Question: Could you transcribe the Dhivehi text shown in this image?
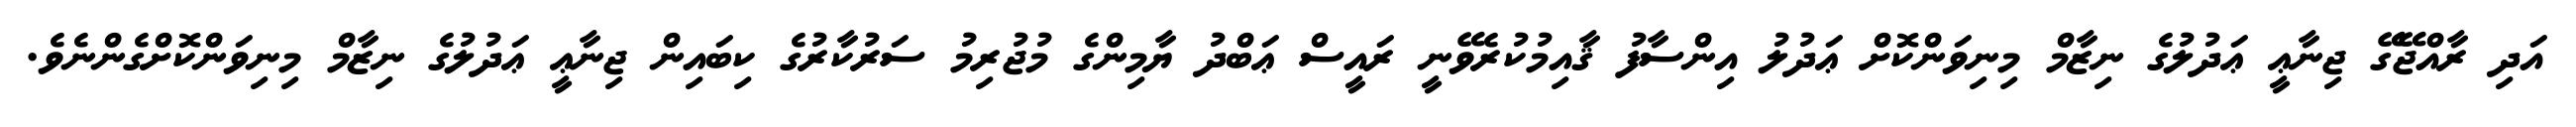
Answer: އަދި ރާއްޖޭގޭ ޖިނާޢީ ޢަދުލުގެ ނިޒާމް މިނިވަންކޮށް ޢަދުލު އިންސާފު ޤާއިމުކުރެވޭނީ ރައީސް ޢަބްދު ޔާމިންގެ މުޖުރިމު ސަރުކާރުގެ ކިބައިން ޖިނާޢީ ޢަދުލުގެ ނިޒާމް މިނިވަންކޮށްގެންނެވެ.